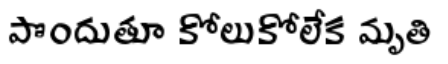
పొందుతూ కోలుకోలేక మృతి